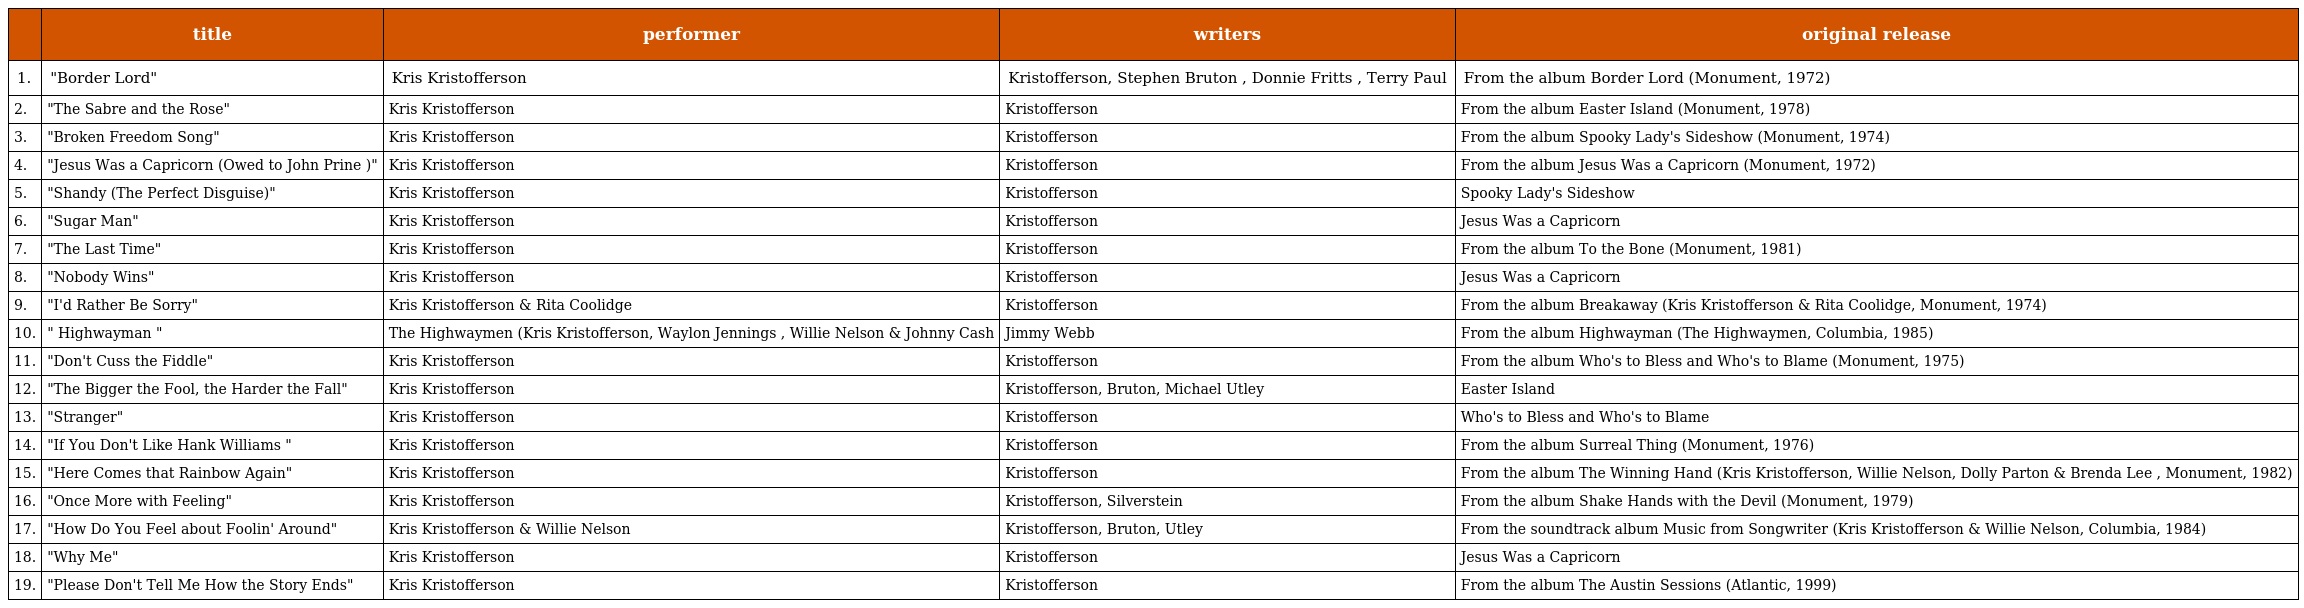
|  | title | performer | writers | original release |
 | --- | --- | --- | --- | --- |
 | 1. | "Border Lord" | Kris Kristofferson | Kristofferson, Stephen Bruton , Donnie Fritts , Terry Paul | From the album Border Lord (Monument, 1972) |
 | 2. | "The Sabre and the Rose" | Kris Kristofferson | Kristofferson | From the album Easter Island (Monument, 1978) |
 | 3. | "Broken Freedom Song" | Kris Kristofferson | Kristofferson | From the album Spooky Lady's Sideshow (Monument, 1974) |
 | 4. | "Jesus Was a Capricorn (Owed to John Prine )" | Kris Kristofferson | Kristofferson | From the album Jesus Was a Capricorn (Monument, 1972) |
 | 5. | "Shandy (The Perfect Disguise)" | Kris Kristofferson | Kristofferson | Spooky Lady's Sideshow |
 | 6. | "Sugar Man" | Kris Kristofferson | Kristofferson | Jesus Was a Capricorn |
 | 7. | "The Last Time" | Kris Kristofferson | Kristofferson | From the album To the Bone (Monument, 1981) |
 | 8. | "Nobody Wins" | Kris Kristofferson | Kristofferson | Jesus Was a Capricorn |
 | 9. | "I'd Rather Be Sorry" | Kris Kristofferson & Rita Coolidge | Kristofferson | From the album Breakaway (Kris Kristofferson & Rita Coolidge, Monument, 1974) |
 | 10. | " Highwayman " | The Highwaymen (Kris Kristofferson, Waylon Jennings , Willie Nelson & Johnny Cash | Jimmy Webb | From the album Highwayman (The Highwaymen, Columbia, 1985) |
 | 11. | "Don't Cuss the Fiddle" | Kris Kristofferson | Kristofferson | From the album Who's to Bless and Who's to Blame (Monument, 1975) |
 | 12. | "The Bigger the Fool, the Harder the Fall" | Kris Kristofferson | Kristofferson, Bruton, Michael Utley | Easter Island |
 | 13. | "Stranger" | Kris Kristofferson | Kristofferson | Who's to Bless and Who's to Blame |
 | 14. | "If You Don't Like Hank Williams " | Kris Kristofferson | Kristofferson | From the album Surreal Thing (Monument, 1976) |
 | 15. | "Here Comes that Rainbow Again" | Kris Kristofferson | Kristofferson | From the album The Winning Hand (Kris Kristofferson, Willie Nelson, Dolly Parton & Brenda Lee , Monument, 1982) |
 | 16. | "Once More with Feeling" | Kris Kristofferson | Kristofferson, Silverstein | From the album Shake Hands with the Devil (Monument, 1979) |
 | 17. | "How Do You Feel about Foolin' Around" | Kris Kristofferson & Willie Nelson | Kristofferson, Bruton, Utley | From the soundtrack album Music from Songwriter (Kris Kristofferson & Willie Nelson, Columbia, 1984) |
 | 18. | "Why Me" | Kris Kristofferson | Kristofferson | Jesus Was a Capricorn |
 | 19. | "Please Don't Tell Me How the Story Ends" | Kris Kristofferson | Kristofferson | From the album The Austin Sessions (Atlantic, 1999) |